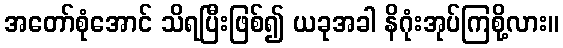
အတော်စုံအောင် သိရပြီးဖြစ်၍ ယခုအခါ နိဂုံးအုပ်ကြစို့လား။